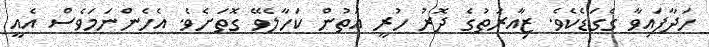
ހަދާފައިވާ ގެގަޑެކެވެ. ޒިއާރަތުގެ ދޮރު ހުރީ އަތުން ކަހާލެވޭ ގޮތަށެވެ. އެހެންނަމަވެސް އެއީ